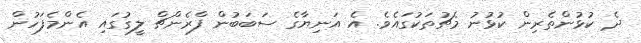
ދެ ކުޅުންތެރިން ކުޅުނު މެޗުތަކުގައެވެ. އެ އަނިޔާގެ ސަބަބުން ފްރެންޗް ލީގުގައި އެންމެފަހުން